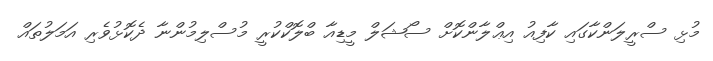
މުޅި ސްރީލަންކާގައި ކާފިއު އިޢްލާންކޮށް ސޯޝަލް މީޑިއާ ބްލޮކްކުރީ މުސްލިމުންނާ ދެކޮޅުވެރި އަމަލުތައް